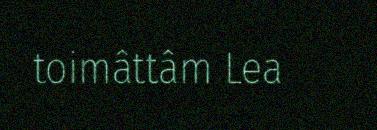
toimâttâm Lea